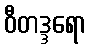
ဝီတဒ္ဒရော